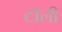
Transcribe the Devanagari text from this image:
टॉली